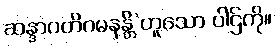
ဆန္ဒာဂတိဂမနန္တိ’ဟူသော ပါဌ်ကို။